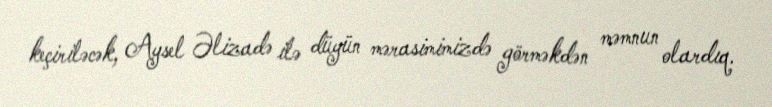
keçiriləcək, Aysel Əlizadə ilə düyün mərasimimizdə görməkdən məmnun olardıq.